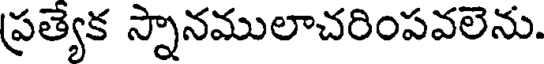
ప్రత్యెక స్నానములాచరింపవలెను.